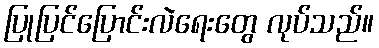
ပြုပြင်ပြောင်းလဲရေးတွေ လုပ်သည်။